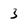
Character: 3